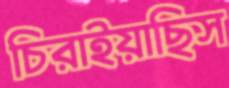
চিরাইয়াছিস